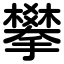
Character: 攀